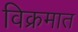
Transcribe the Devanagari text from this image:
विक्रमात